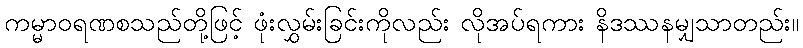
ကမ္မာဝရဏစသည်တို့ဖြင့် ဖုံးလွှမ်းခြင်းကိုလည်း လိုအပ်ရကား နိဒဿနမျှသာတည်း။